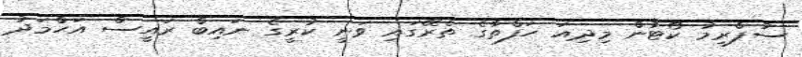
ސުޕްރީމު ކޯޓުން މިދިއަ ހަފްތާގެ ތެރޭގައި ވަނީ ކުރީގެ ނައިބް ރައީސް އަހްމަދު